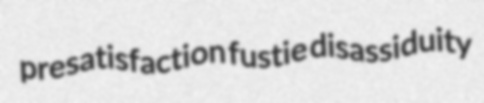
presatisfaction fustie disassiduity